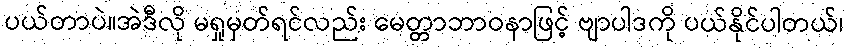
ပယ်တာပဲ။အဲဒီလို မရှုမှတ်ရင်လည်း မေတ္တာဘာဝနာဖြင့် ဗျာပါဒကို ပယ်နိုင်ပါတယ်၊